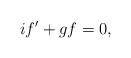
LaTeX: \begin{align*}if^{\prime}+g f=0, \end{align*}